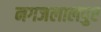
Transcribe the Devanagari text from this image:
नगजलालपुर